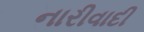
નારીવાદી